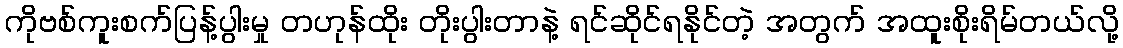
ကိုဗစ်ကူးစက်ပြန့်ပွါးမှု တဟုန်ထိုး တိုးပွါးတာနဲ့ ရင်ဆိုင်ရနိုင်တဲ့ အတွက် အထူးစိုးရိမ်တယ်လို့